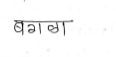
मजकूर: बगळा